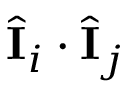
\hat { \mathbf { I } } _ { i } \cdot \hat { \mathbf { I } } _ { j }